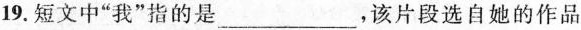
19.短文中“我”指的是___，该片段选自她的作品